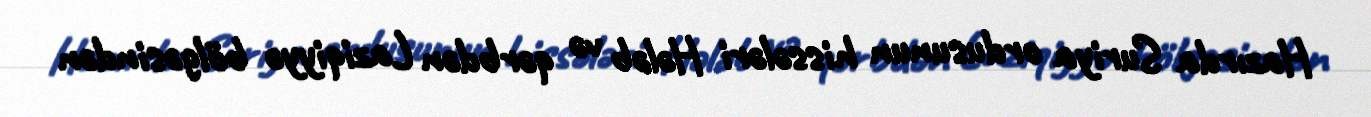
Hazırda Suriya ordusunun hissələri Hələb və qərbdən Laziqiyyə bölgəsindən